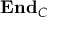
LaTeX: \mathbf { E n d } _ { C }